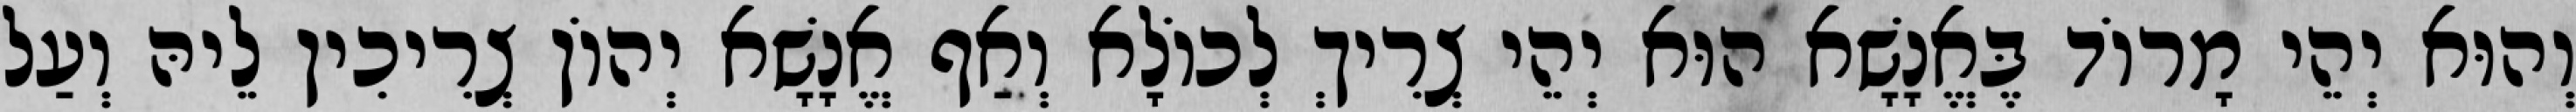
וְהוּא יְהֵי מָרוֹד בֶּאֱנָשָׁא הוּא יְהֵי צְרִיךְ לְכוֹלָא וְאַף אֱנָשָׁא יְהוֹן צְרִיכִין לֵיהּ וְעַל